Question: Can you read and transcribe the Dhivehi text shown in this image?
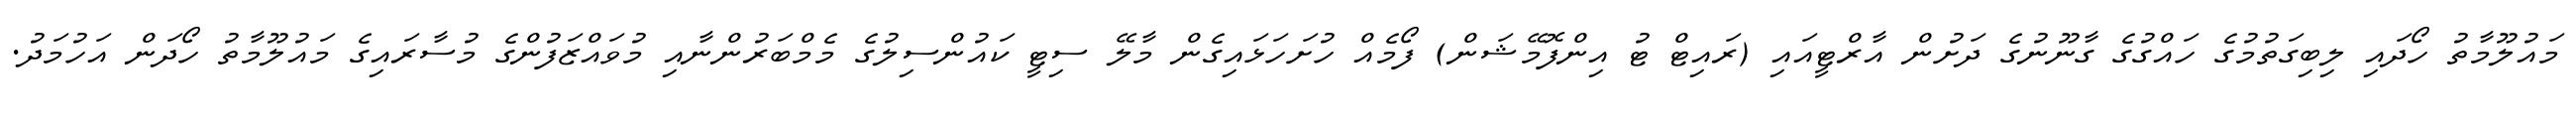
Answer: މައުލޫމާތު ހޯދައި ލިބިގަތުމުގެ ހައްގުގެ ގާނޫނުގެ ދަށުން އާރްޓީއައި (ރައިޓް ޓު އިންފޮމޭޝަން) ފޯމެއް ހުށަހަޅައިގެން މާލޭ ސިޓީ ކައުންސިލުގެ މެމްބަރުންނާއި މުވައްޒަފުންގެ މުސާރައިގެ މައުލޫމާތު ހޯދަން އަހުމަދު.